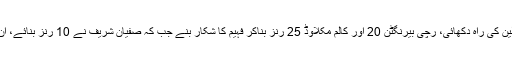
فہیم اشرف نے بھی عثمان خان کا بھرپور ساتھ دیتے ہوئے اگلے دو کھلاڑیوں کو پویلین کی راہ دکھائی، رچی بیرنگٹن 20 اور کالم مکلاوڈ 25 رنز بناکر فہیم کا شکار بنے جب کہ صفیان شریف نے 10 رنز بنائے، ان بلے بازوں کے علاوہ سکاٹ لینڈ کا کوئی بھی کھلاڑی ڈبل فیگر میں داخل نہ ہوسکا۔